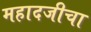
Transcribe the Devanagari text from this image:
महादजीचा